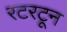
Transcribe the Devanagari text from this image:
रटरटून